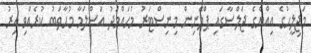
މަޖިލީހުގެ އިއްޔެގެ ޖަލްސާގައި ޕްލޭނިން މިނިސްޓަރު މުހައްމަދު އަސްލަމާ މުހާތަބު ކުރެއްވި އިރު